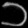
Digit: ၁